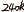
Text: 240k